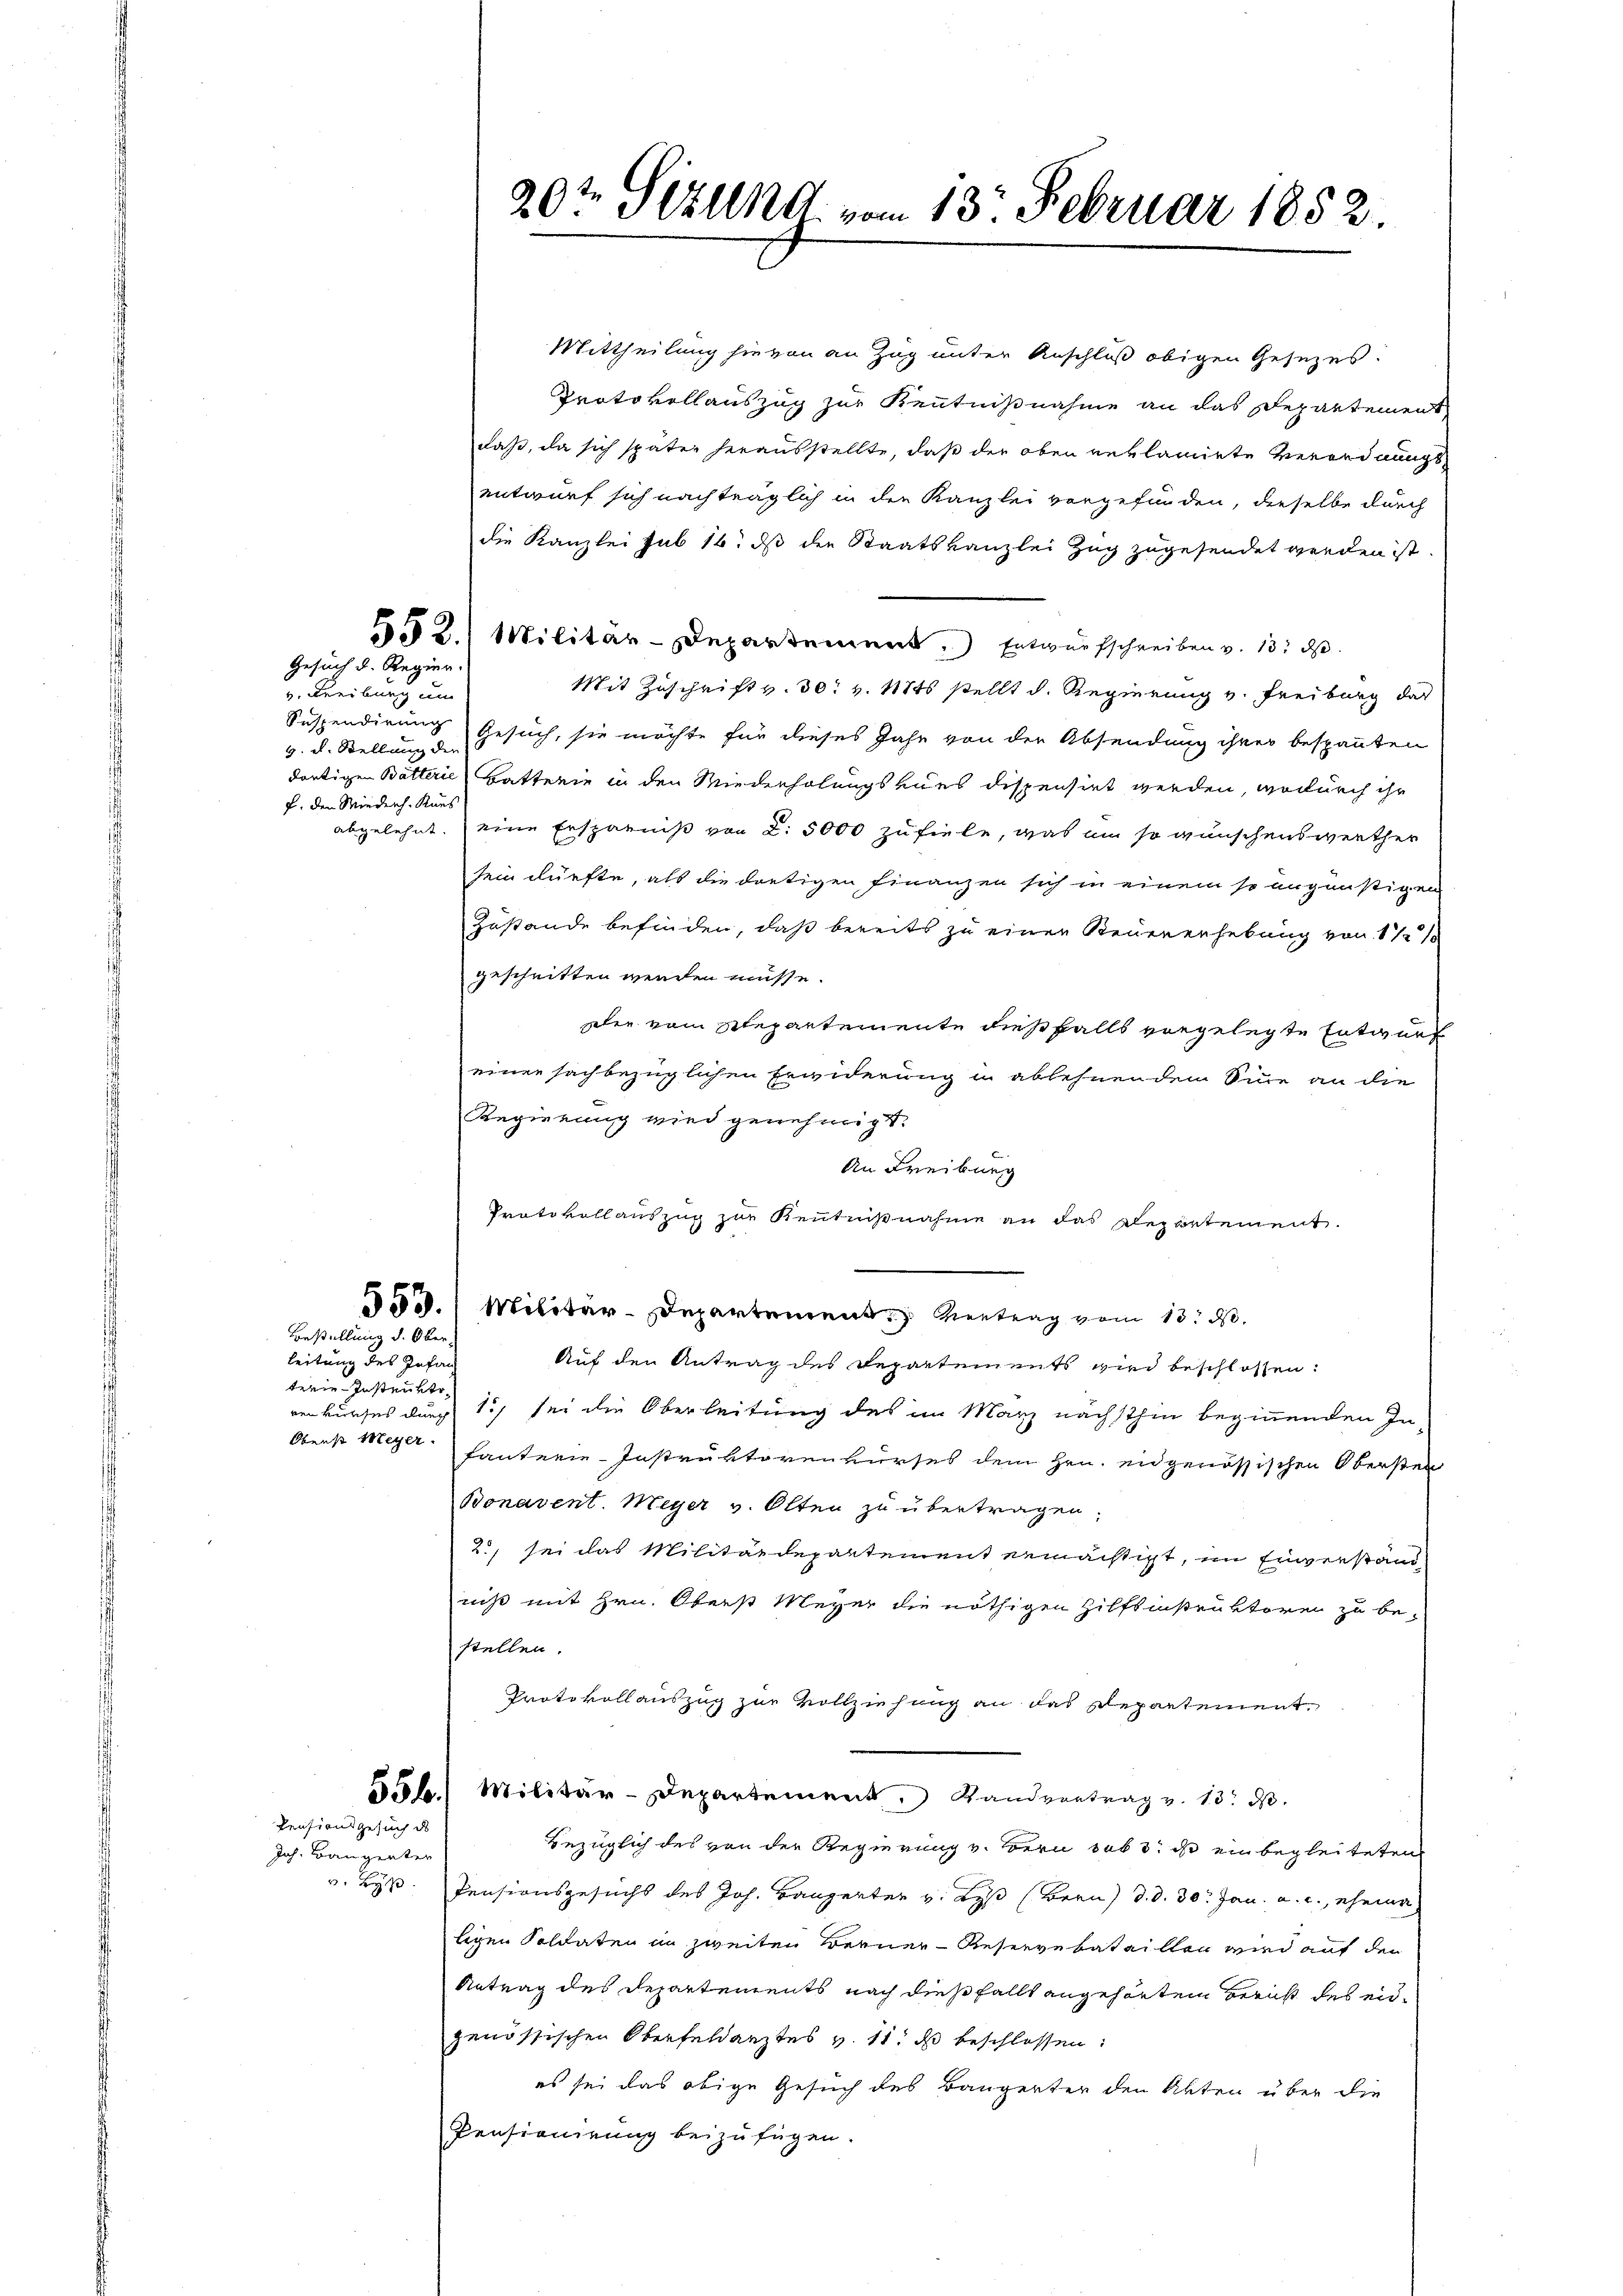
v. Freiburg um
v. u. Stellung der
f. den Wiederh. Kurs

Gesuch d. Regier.

leitung des Infan
terie Instrukte
Oberst Meyer.

Bestellung d. Ober

Pensionsgesuch des

Joh. Baugenter
v. Wyß.

Mittheilung hievon an Zug unter Anschluß obigen Gesezes.
Protokollauszug zur Kenntnißnahme an das Departement
daß, da sich später herausstellte, daß der oben reklamirte Verordnungs-
entwurf sich nachträglich in den Kanzlei vorgefunden, dieselbe durch
die Kanzlei sub 16. ds die Staatskanzlei Zug zugesendet werden ist.
52.) Militär-Departement. Entwurfschreiben v. 13. ds.
Mit Zuschrift v. 30. v. 11845 stellt d. Regierung v. Freiburg das
Suspendirung Gesuch, sie möchte für dieses Jahr von der Absendung ihrer bespannten
dortigen Batterie Batterie in den Wiederholungsvues dispensirt werden, wodurch ihr
abgelehnt. eine Ersparniß von 2. 5000 zufiele, was am so wünschenswerther
sein dürfte, als die dortigen Finanzen sich in einem so ungünstigen
Zustande befinden, daß bereits zu einen Steuererhebung von 1 1/
geschritten werden müsse.
Der vom Separtemente dießfalls vorgelegte Entwurf
einen sachbezüglichen Erwiderung in ablehnendem Sinne an die
Regierung wird genehmigt.
An Freiburg
Protokollauszug zur Kenntnißnahme an das Repartement.
53. Militär-Departement. Vertrag vom 13. d.
Auf den Antrag des Departements wird beschlossen:
venkurses durch 15, sei die Oberleitung des im März nächsthin beginnenden In
fanterie-Instruktorenkurses dem Hrn. eidgenössischen Obersten
Bonavent. Meyer v. Olten zu übertragen.
2., sei das Militärdepartement ermächtigt, im Einverstand
niß mit Hrn. Oberst Meyer die nöthigen Hilfsinstruktoren zu bestellen.
Protokollauszug zur Vollziehung an das Repartement,
55b.) Militär-Departement. Landvertrag v. 13. d.
bezüglich des von der Regierung v. Bern sub 3. ds einbegleiteten
Pensionsgesuchs des Joh. Baugerter v. Wyß (Bern d. d. 30. Jan. a. c., ehema
ligen Soldaten in zweiten Berner - Reservebataillen wird auf den
Antrag des Departements nach dießfällt angehörten Bericht des eidgenössischen Oberfeldarztes v. 11. ds beschlossen:
es sei das obige Gesuch des Baugerter den Akten über die
Pensionirung beizufügen.

20t Sitzung. vom 13. Februar 1852.